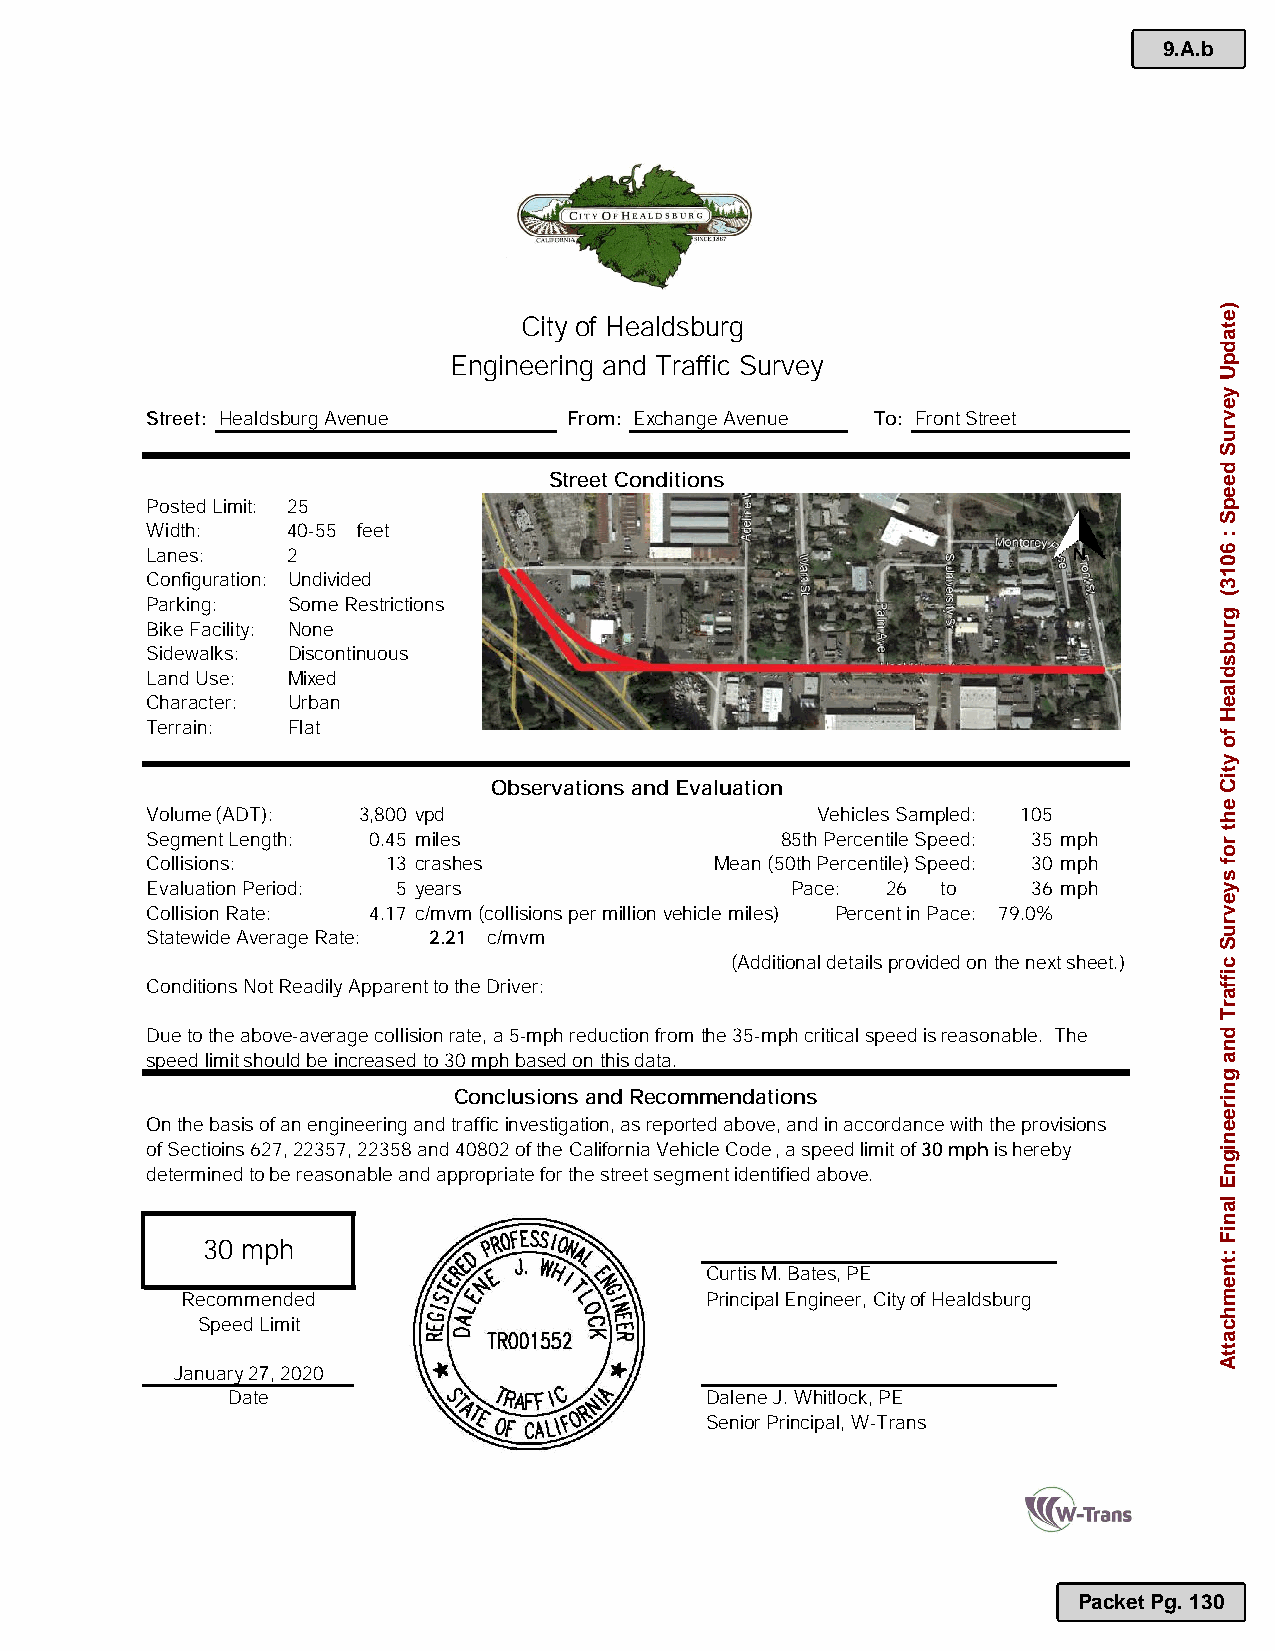
9.A.b
 City of Healdsburg
 Engineering and Traffic Survey
 Street: Healdsburg Avenue   From: Exchange Avenue To: FrontStreet
 Street Conditions
 Posted Limit: 25
 Width:   40-55 feet
 Lanes:   2
 Configuration: Undivided
 Parking: Some Restrictions
 Bike Facility: None
 Sidewalks: Discontinuous
 Land Use: Mixed
 Character: Urban
 Terrain: Flat
 Observations and Evaluation
 Volume (ADT): 3,800 vpd                     Vehicles Sampled: 105
 Segment Length: 0.45 miles                85th Percentile Speed: 35 mph
 Collisions:     13 crashes           Mean (50th Percentile) Speed: 30 mph
 Evaluation Period: 5 years                Pace:  26 to    36 mph
 Collision Rate: 4.17 c/mvm(collisions per million vehicle miles) Percent in Pace: 79.0%
 Statewide Average Rate: 2.21 c/mvm
 (Additional detailsprovided on the next sheet.)
 Conditions Not Readily Apparent to the Driver:
 Due to the above-average collision rate, a 5-mph reduction fromthe 35-mph criticalspeed is reasonable. The
 speed limit should be increased to 30 mph based on this data.
 Conclusions and Recommendations
 On the basis of an engineering and traffic investigation, as reported above, and in accordance withthe provisions
 of Sectioins 627,22357, 22358 and 40802 of the California Vehicle Code, a speed limit of 30 mphis hereby
 determined to be reasonable and appropriate for the street segment identified above.
 30 mph
 Curtis M. Bates, PE
 Recommended                        Principal Engineer, Cityof Healdsburg
 Speed Limit
 January2 ,2020
 Date                            Dalene J.Whitlock,PE
 Senior Principal, W-Trans
 Packet Pg. 130
 )etadpU
 yevruS
 deepS
 :
 6013(
 grubsdlaeH
 fo
 ytiC
 eht
 rof
 syevruS
 ciffarT
 dna
 gnireenignE
 laniF
 :tnemhcattA